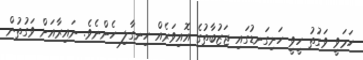
ހަމަވީ ވަގުތު ހީވީ ހަށިގަނޑުގައި ޖަޒުބާތުގެ އޮއިވަރެއް ހިނގާލި ހެންނެވެ. ނައިރާއަށް ވަގުތުން